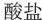
酸盐